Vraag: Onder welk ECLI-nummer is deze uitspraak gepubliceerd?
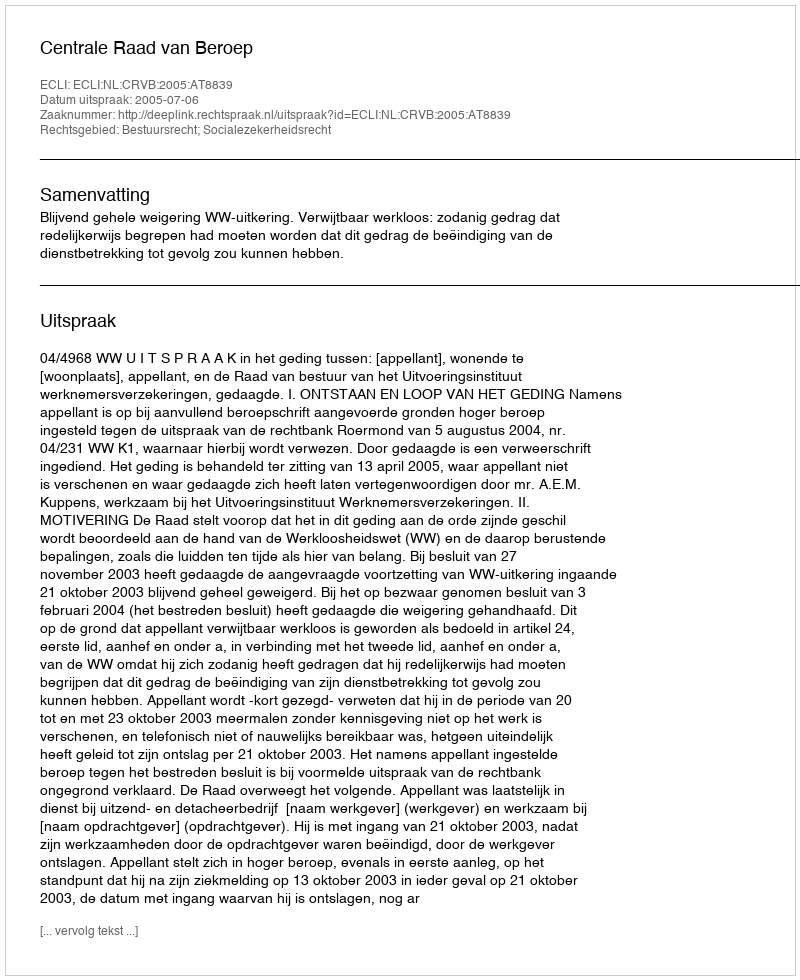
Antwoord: ECLI:NL:CRVB:2005:AT8839